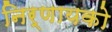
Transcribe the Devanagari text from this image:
निर्णायको